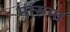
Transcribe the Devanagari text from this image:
मारूमा